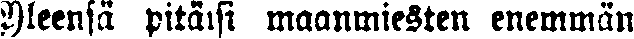
Yleensä pitäisi maanmiesten enemmän